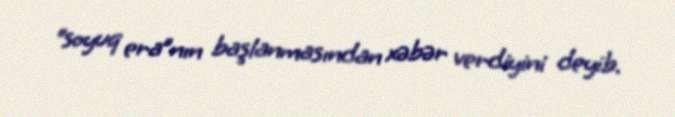
“soyuq era”nın başlanmasından xəbər verdiyini deyib.